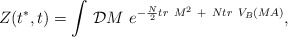
\begin{align*}Z(t^*,t)=\int\,{\cal D}M\ e^{-{N\over 2} tr~M^2\ +\ N tr~V_B(M A)},\end{align*}